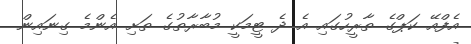
އެފްއޭ ކަޕްގެ ތާރީހުގައި އެ ދެ ޓީމަކީ މުބާރާތުގެ ތަށި އެންމެ ގިނައިން